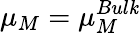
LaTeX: \mu_{M}=\mu_{M}^{Bul\mathit{k}}